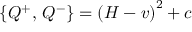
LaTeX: \left\{ Q ^ { + } , \, Q ^ { - } \right\} = \left( H - v \right) ^ { 2 } + c